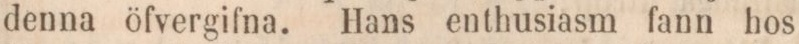
denna öfvergifna. Hans enthusiasm fann hos